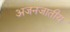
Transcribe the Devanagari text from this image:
अजनजातीय